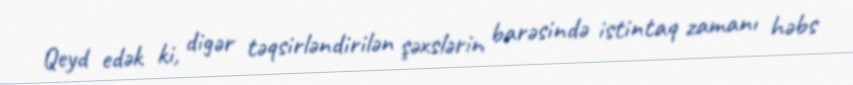
Qeyd edək ki, digər təqsirləndirilən şəxslərin barəsində istintaq zamanı həbs